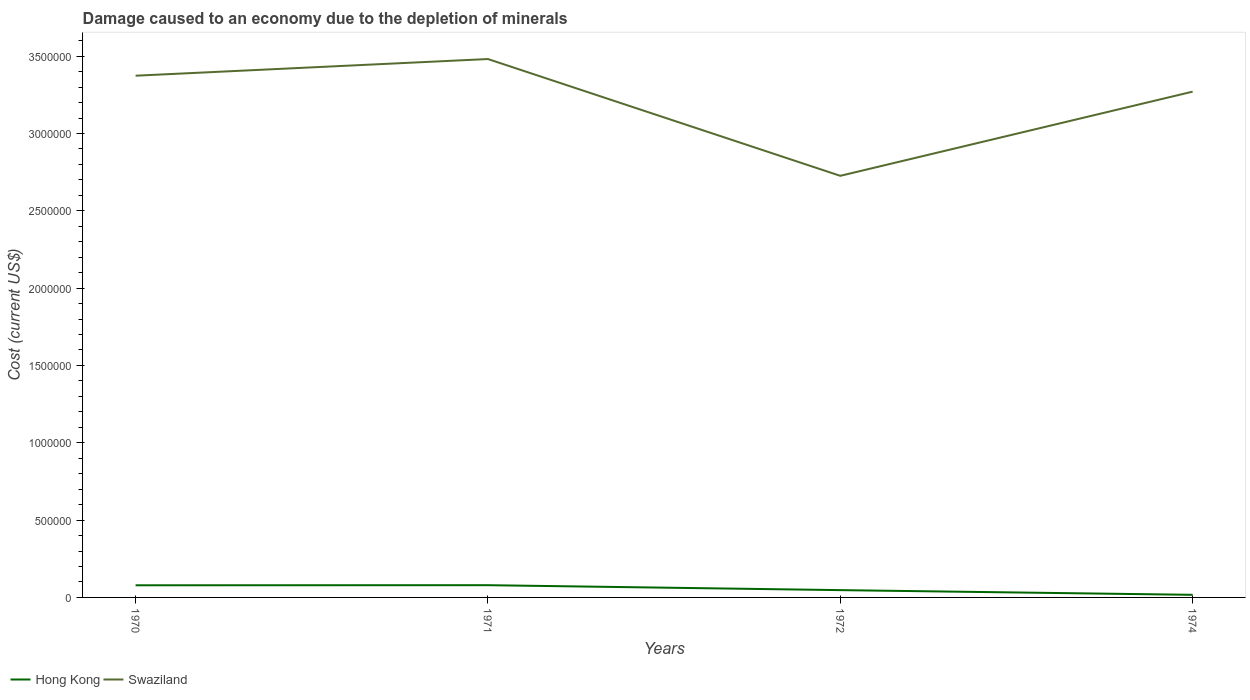
| Years | Hong Kong | Swaziland |
 | --- | --- | --- |
 | 1970 | 7.85e+04 | 3.37e+06 |
 | 1971 | 7.92e+04 | 3.48e+06 |
 | 1972 | 4.73e+04 | 2.73e+06 |
 | 1974 | 1.68e+04 | 3.27e+06 |